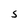
Character: S